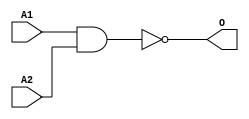
module MJNAND2A(A1, A2, O);
input   A1;
input   A2;
output  O;
nand g0(O, A1, A2);
endmodule